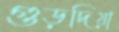
গুড়দিয়া